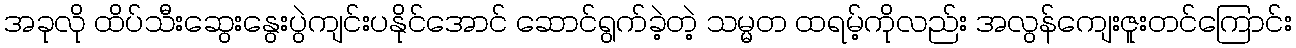
အခုလို ထိပ်သီးဆွေးနွေးပွဲကျင်းပနိုင်အောင် ဆောင်ရွက်ခဲ့တဲ့ သမ္မတ ထရမ့်ကိုလည်း အလွန်ကျေးဇူးတင်ကြောင်း